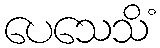
ပေသေသိံ